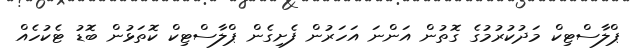
ޕްލާސްޓިކް މަދުކުރުމުގެ ގޮތުން އަންނަ އަހަރުން ފެށިގެން ޕްލާސްޓިކް ކޮތަޅުން ބޮޑު ޓެކުހެއް